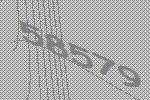
58579